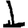
Digit: 1